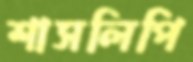
শাসলিপি